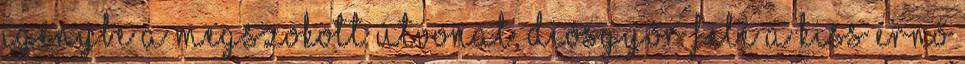
igénybe a megszokott útvonal, Diósgyőr felé a Kiss Ernő